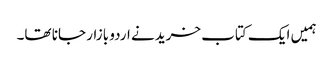
ہمیں ایک کتاب خریدنے اردو بازار جانا تھا۔